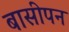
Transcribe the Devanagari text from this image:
बासीपन